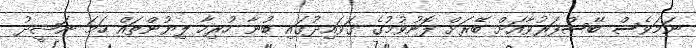
ނަމަވެސް ބޭސްފަރުވާއަށް ބޭރަށް ފޮނުވުމުގެ ގަވައިދުގައި ބުނާ ހުރިހާ ލިޔުންތައް ހަމަ ނަޝީދު